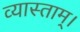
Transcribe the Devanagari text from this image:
व्यास्ताम्।